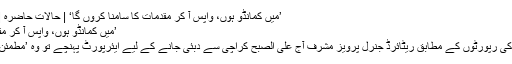
’میں کمانڈو ہوں، واپس آ کر مقدمات کا سامنا کروں گا‘ | حالات حاضرہ | DW | 18.03.2016
’میں کمانڈو ہوں، واپس آ کر مقدمات کا سامنا کروں گا‘
نیوز ایجنسی اے ایف پی کی رپورٹوں کے مطابق ریٹائرڈ جنرل پرویز مشرف آج علی الصبح کراچی سے دبئی جانے کے لیے ایئرپورٹ پہنچے تو وہ ’مطمئن‘ دکھائی دے رہے تھے۔